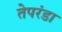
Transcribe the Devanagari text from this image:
तेपरंडा